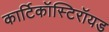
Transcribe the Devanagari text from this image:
कार्टिकॉस्टिरॉयड